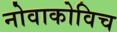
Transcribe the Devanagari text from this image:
नोवाकोविच